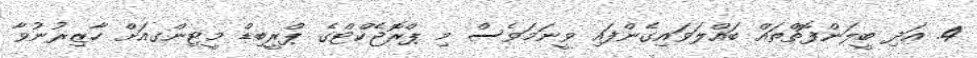
4. އަދި ބީލަންފޮތްތައް ބައްލަވައިގެންފައި ވީނަމަވެސް މި ޕްރޮޖެކްޓްގެ ޕްރީބިޑް މީޓިންގއަށް ހާޒިރުނުވާ